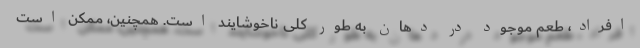
افراد، طعم موجود در دهان به طور کلی ناخوشایند است. همچنین، ممکن است